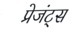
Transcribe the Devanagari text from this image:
प्रेजंट्स